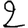
Digit: 2